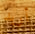
أريد